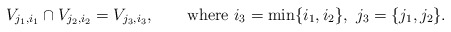
\begin{align*} V_{j_1,i_1}\cap V_{j_2,i_2} = V_{j_3,i_3}, \qquad\mbox{where }i_3=\min\{i_1,i_2\},\ j_3=\{j_1,j_2\}.\end{align*}